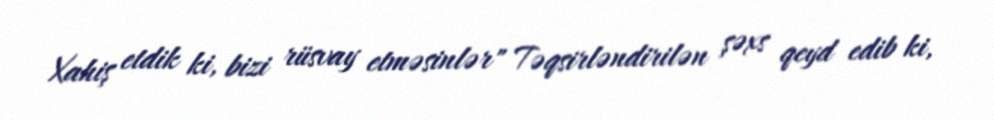
Xahiş etdik ki, bizi rüsvay etməsinlər" Təqsirləndirilən şəxs qeyd edib ki,